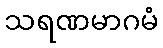
သရဏမာဂမံ